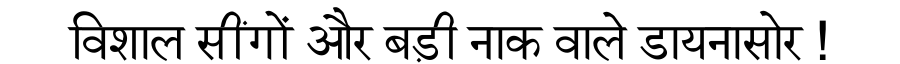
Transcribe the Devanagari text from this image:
विशाल सींगों और बड़ी नाक वाले डायनासोर !